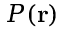
P ( \bf { r } )